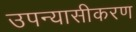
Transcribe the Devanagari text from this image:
उपन्‍यासीकरण